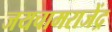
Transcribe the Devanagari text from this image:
जयचामराजेंद्र